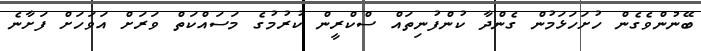
ބޭނުންވެގެން ހުށަހަޅަމުން ގެންދާ ކުންފުނިތައް ސްކްރީން ކުރުމުގެ މަސައްކަތް ވަރަށް އަވަހަށް ފަށާނެ